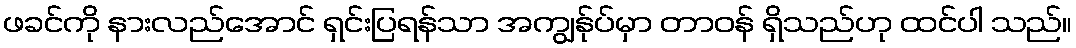
ဖခင်ကို နားလည်အောင် ရှင်းပြရန်သာ အကျွန်ုပ်မှာ တာဝန် ရှိသည်ဟု ထင်ပါ သည်။